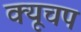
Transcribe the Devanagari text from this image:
क्यूचप